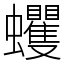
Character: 蠼